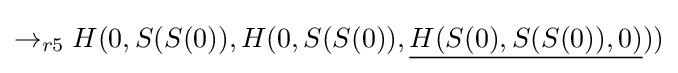
\rightarrow _{r5}H(0,S(S(0)),H(0,S(S(0)),{\underline {H(S(0),S(S(0)),0)}}))